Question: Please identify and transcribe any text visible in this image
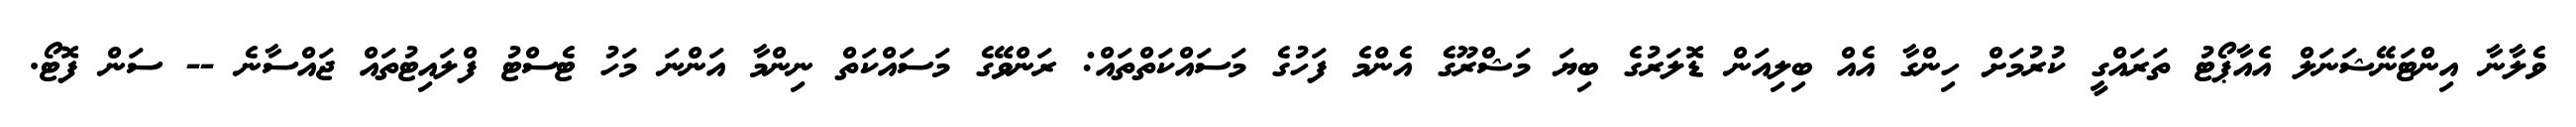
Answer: ވެލާނާ އިންޓަނޭޝަނަލް އެއާޕޯޓު ތަރައްގީ ކުރުމަށް ހިންގާ އެއް ބިލިއަން ޑޮލަރުގެ ބިޔަ މަޝްރޫގެ އެންމެ ފަހުގެ މަސައްކަތްތައް: ރަންވޭގެ މަސައްކަތް ނިންމާ އަންނަ މަހު ޓެސްޓު ފްލައިޓުތައް ޖައްސާނެ -- ސަން ފޮޓޯ.